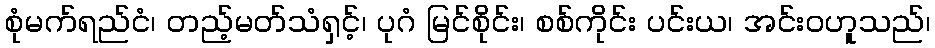
စုံမက်ရည်ငံ၊ တည့်မတ်သံရှင့်၊ ပုဂံ မြင်စိုင်း၊ စစ်ကိုင်း ပင်းယ၊ အင်းဝဟူသည်၊